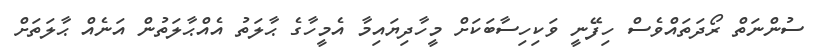
ސުންނަތް ރޯދަތައްވެސް ހިފޭނީ ވަކިހިސާބަކަށް މީހާދިޔައިމާ އެމީހާގެ ޙާލަތު އެއްޙާލަތުން އަނެއް ޙާލަތަށް